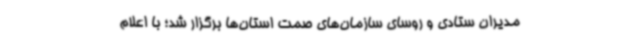
مدیران ستادی و روسای سازمان‌های صمت استان‌ها برگزار شد؛ با اعلام